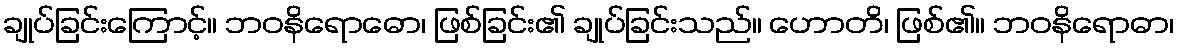
ချုပ်ခြင်းကြောင့်။ ဘဝနိရောဓော၊ ဖြစ်ခြင်း၏ ချုပ်ခြင်းသည်။ ဟောတိ၊ ဖြစ်၏။ ဘဝနိရောဓာ၊